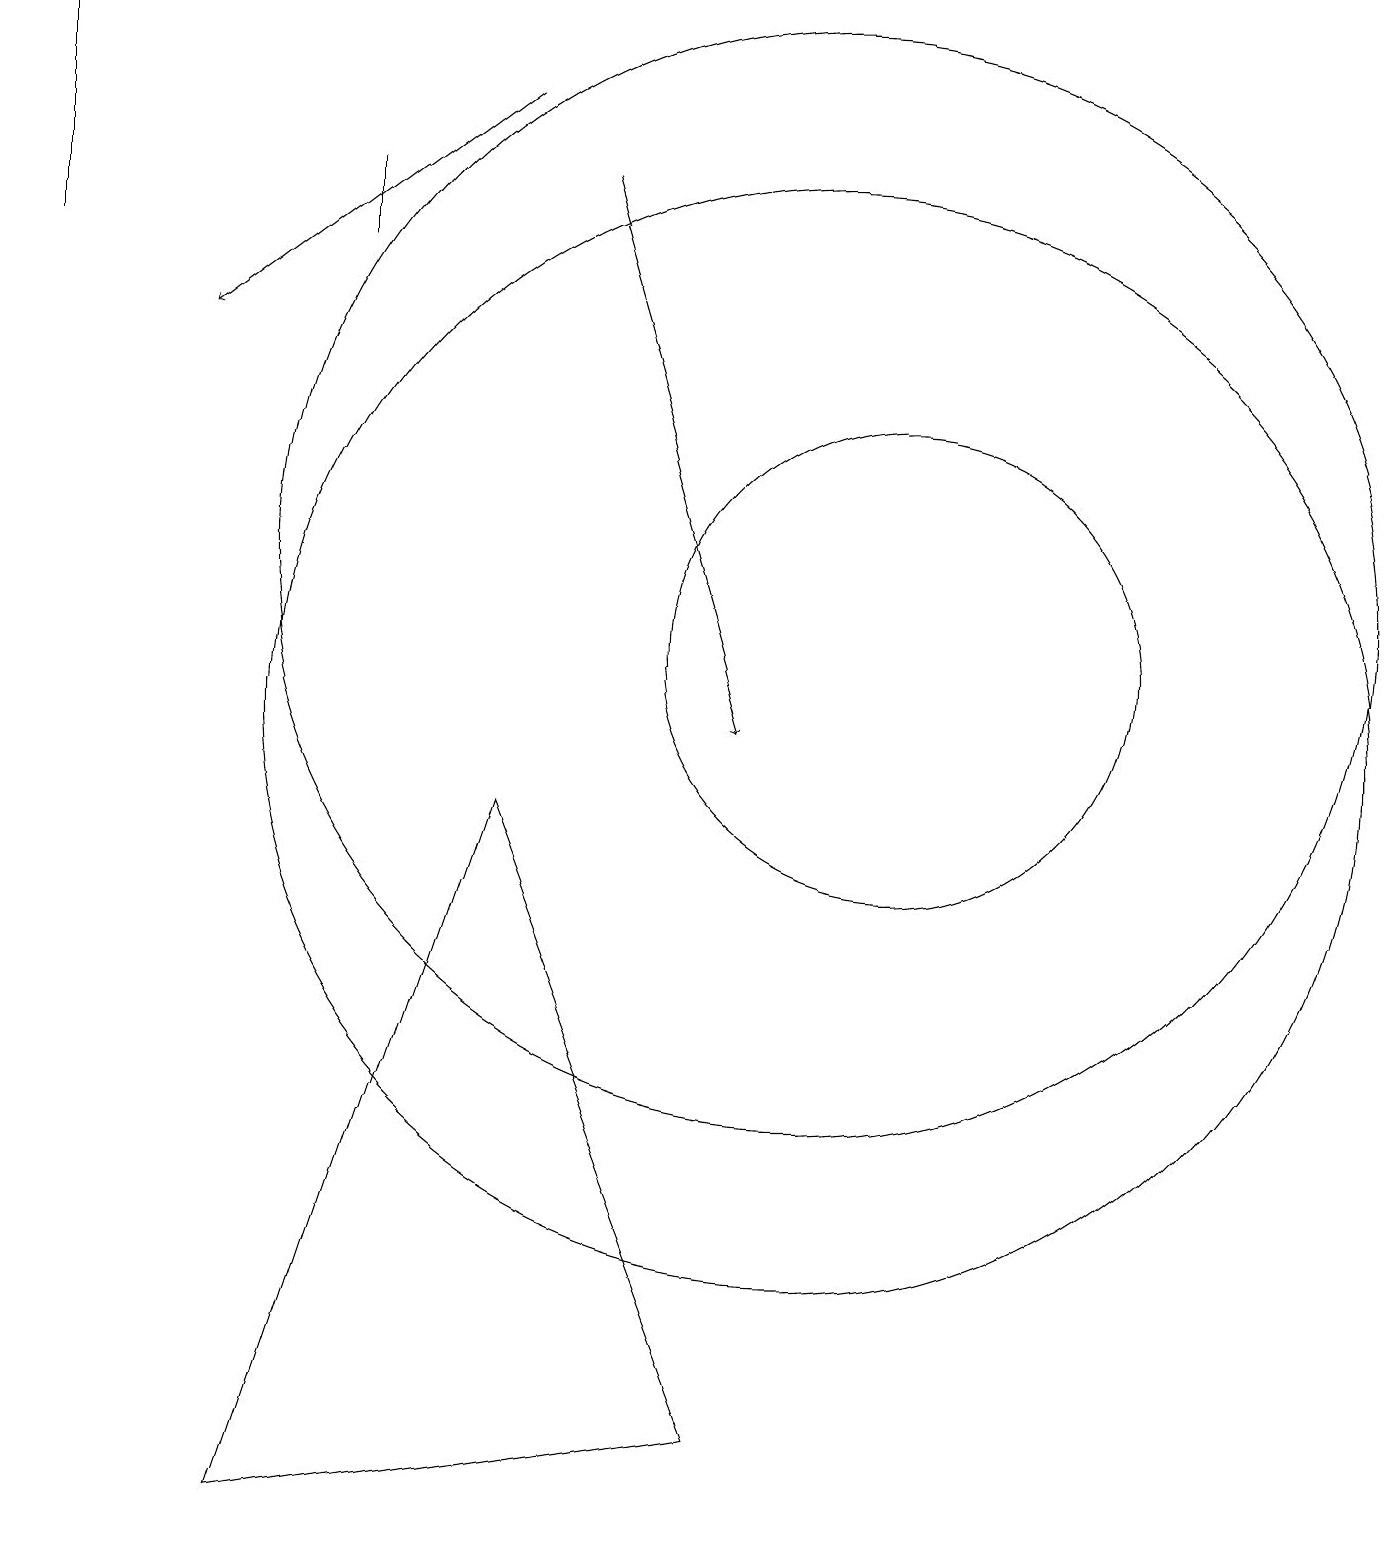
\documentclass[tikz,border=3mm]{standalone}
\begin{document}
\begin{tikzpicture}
\draw (11,11) circle (3);
\draw[->] (7,17) -- (9,10);
\draw (10,10) circle (7);
\draw[->] (6,18) -- (2,15);
\draw (10,12) circle (7);
\draw (4,17) rectangle (4,16);
\draw (6,9) -- (3,0) -- (9,1) -- cycle;
\draw[->] (0,16) -- (0,19);
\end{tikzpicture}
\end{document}